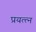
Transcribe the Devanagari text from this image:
प्रयत्त्न